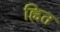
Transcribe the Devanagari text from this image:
ह्वित